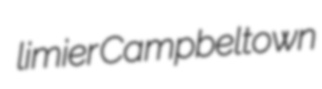
limier Campbeltown